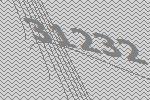
31232